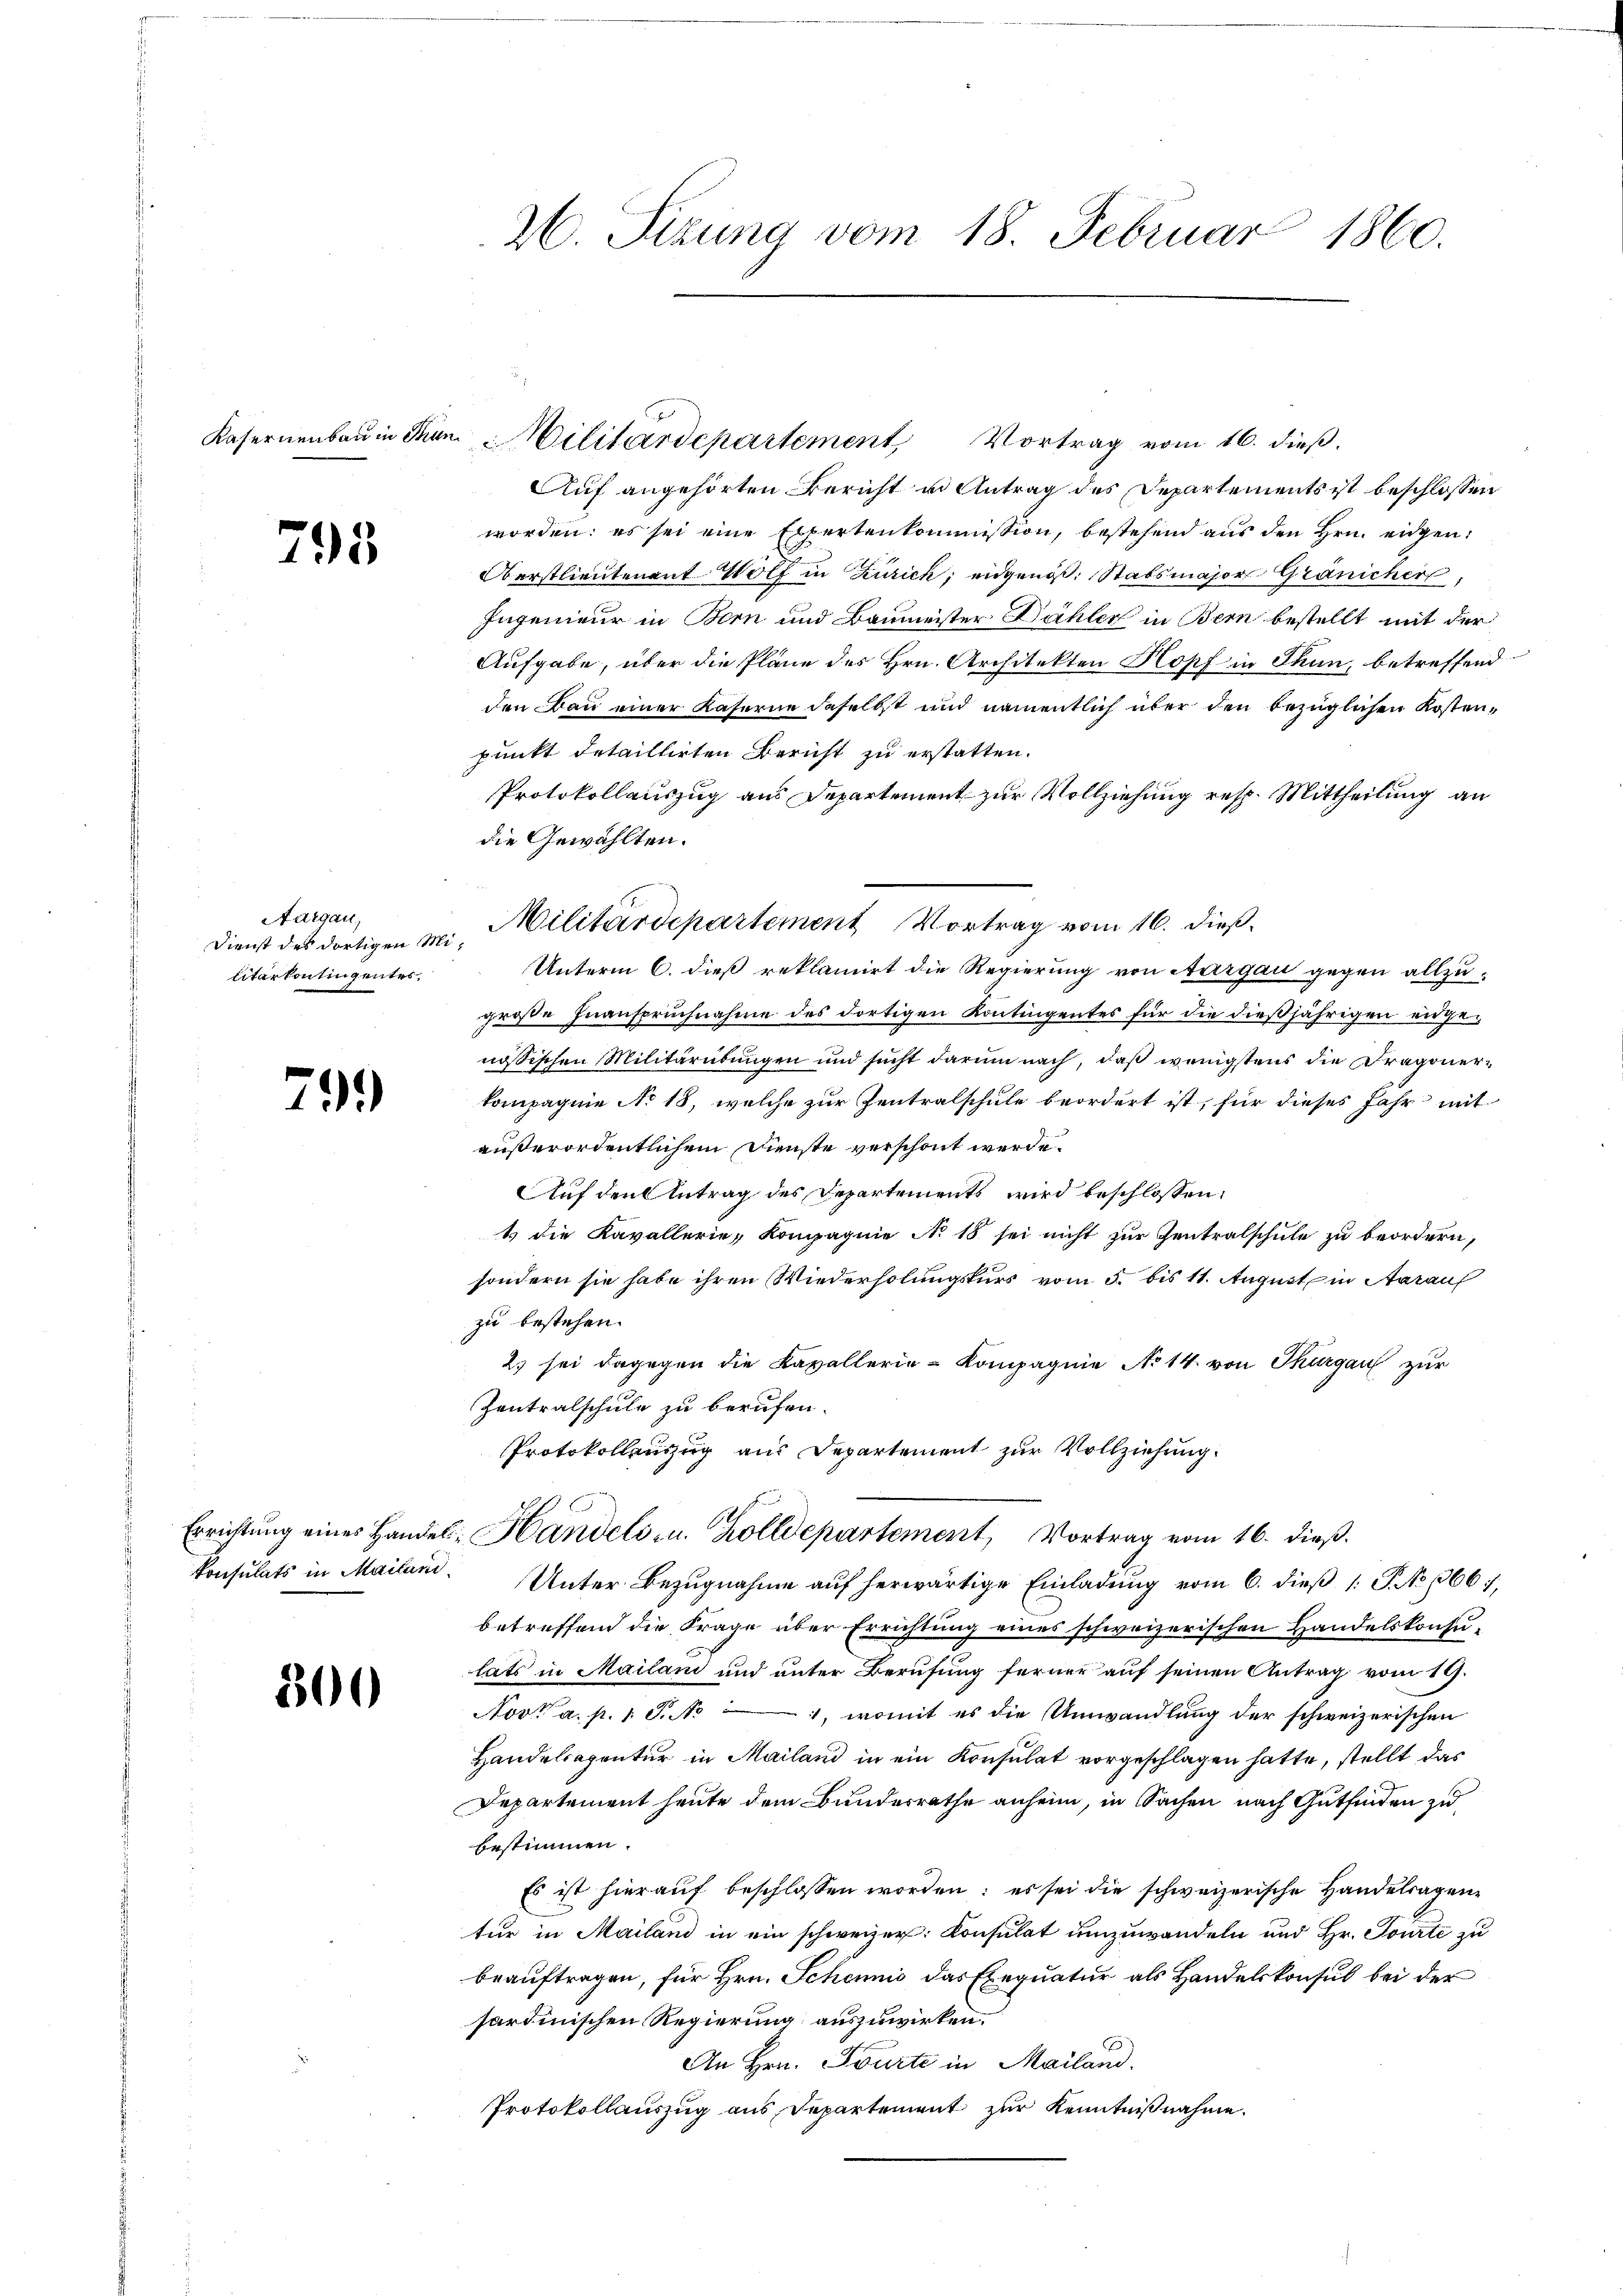
795

Aargau,
Dienst des dortigen Militarkontingentes.

799

300

26. Sizung vom 18. Februar 1860.

Kasernenbau in Thun Militärdepartement Vortrag vom 16. dieβ.
Auf angehörten Bericht in Antrag des Departements ist beschlossen
worden; es sei eine Expertenkommission, bestehend aus den Hrn. eidgen.
Oberstlieutenant Wolf in Zürich, eidgenöß. Stabsmajor Gränicher,
Ingenieur in Bern und Baumeister Dähler in Bern bestellt mit der
Aufgabe, über die Pläne des Hrn. Architekten Kopf in Thun, betreffend
den Bau einer Kaserne daselbst und namentlich über den bezüglichen Kostenpunkt detaillirten Bericht zu erstatten.
Protokollauszug aus Departement zur Vollziehung resp. Mittheilung an
die Gewählten.
Unterm 6. dieß reklamirt die Regierung von Aargau gegen allzugroße Inanspruchnahme des dortigen Kontingentes für die dießjährigen engenösischen Militärübungen und sucht darum nach, daß wenigstens die Dragonerkompagnie No 18, welche zur Zentralschule beordert ist, für dieses Jahr mit
außerordentlichem Dienste verschont werde.
Auf den Antrag des Departements wird beschlossen,
1 die Kavallerie, Kompagnie No 15 sei nicht zur Zentralschule zu beordern,
sondern sie habe ihren Wiederholungskurs vom 5. bis 11. August in Aarauf
zu bestehen.
23 sei dagegen die Kavallerie-Kompagnie No 14. von Thurgau zur
Zentralschule zu berufen.
Protokollenzug aus Departement zur Vollziehung.
Errichtŭng eines Handel, Handels- u. Zolldepartement, Vortrag vom 16. dieß.
konsulats in Mailand. Unter Bezugnahme auf herwärtige Einladung vom 6. dieß 1 S. No 1667,
betreffend die Frage über Errichtung eines schweizerischen Handelskonsu-
lats in Mailand und unter Berufung ferner auf seinen Antrag vom 19.
Nov. a. p. 1 S. 4, womit es die Umwandlung der schweizerischen
Handelsagentur in Mailand in ein Konsulat vorgeschlagen hatte, stellt das
Departement heute dem Bundesrathe anheim, in Sachen nach Gutfinden zu
bestimmen.
Es ist hierauf beschlossen worden; es sei die schweizerische Handelsagene
tur in Mailand in ein schweizer: Consulat umzuwandeln und Hr. Tourte zu
beauftragen, für Hrn. Schemnis das Exequatur als Handelskonsul bei der
sardinischen Regierung auszuwirken.
An Hrn. Tourte in Mailand.
Protokollauszug aus Departement zur Kenntnißnahme.

Militärdepartement Vortrag vom 16. dieß¬